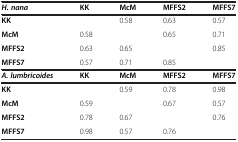
<table><thead><tr><td><b><i>H. nana</i></b></td><td><b>KK</b></td><td><b>McM</b></td><td><b>MFFS2</b></td><td><b>MFFS7</b></td></tr></thead><tbody><tr><td><b>KK</b></td><td> </td><td>0.58</td><td>0.63</td><td>0.57</td></tr><tr><td><b>McM</b></td><td>0.58</td><td> </td><td>0.65</td><td>0.71</td></tr><tr><td><b>MFFS2</b></td><td>0.63</td><td>0.65</td><td> </td><td>0.85</td></tr><tr><td><b>MFFS7</b></td><td>0.57</td><td>0.71</td><td>0.85</td><td> </td></tr><tr><td><b><i>A. lumbricoides</i></b></td><td><b>KK</b></td><td><b>McM</b></td><td><b>MFFS2</b></td><td><b>MFFS7</b></td></tr><tr><td><b>KK</b></td><td> </td><td>0.59</td><td>0.78</td><td>0.98</td></tr><tr><td><b>McM</b></td><td>0.59</td><td> </td><td>0.67</td><td>0.57</td></tr><tr><td><b>MFFS2</b></td><td>0.78</td><td>0.67</td><td> </td><td>0.76</td></tr><tr><td><b>MFFS7</b></td><td>0.98</td><td>0.57</td><td>0.76</td><td> </td></tr></tbody></table>